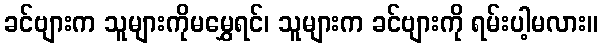
ခင်ဗျားက သူများကိုမမွှေရင်၊ သူများက ခင်ဗျားကို ရမ်းပါ့မလား။